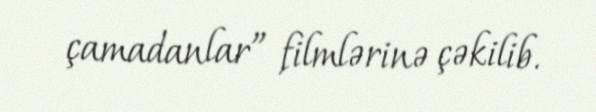
çamadanlar” filmlərinə çəkilib.